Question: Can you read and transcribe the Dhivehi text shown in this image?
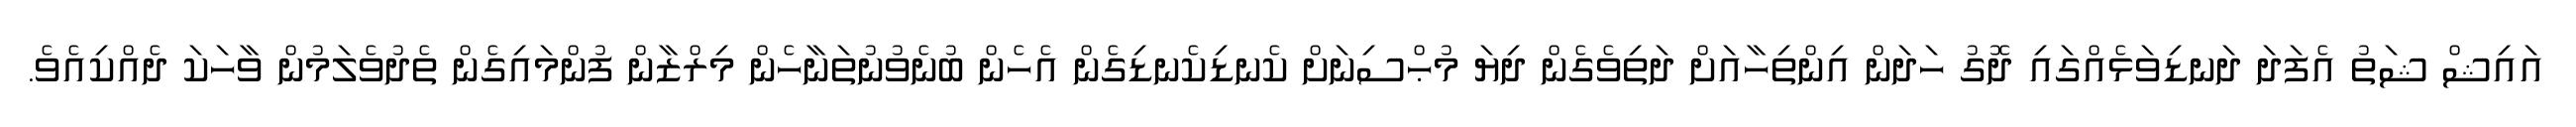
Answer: އައިޝް ޝަތު އެފަދަ ދަނޑިވަޅެއްގައި ދޮގު ހަދަން އިންތިހާއަށް ދަތިވެގެން ދިޔަ މުޙްސިނަށް ކެނޑިކެނޑިގެން އެހެން ބުނެވުނުތަނާހެން މިރްޒާން ފުންމައިގެން ތެދުވެލަމުން ވާހަކަ ދެއްކިއެވެ.